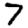
Digit: 7